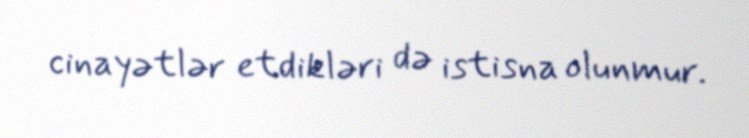
cinayətlər etdikləri də istisna olunmur.